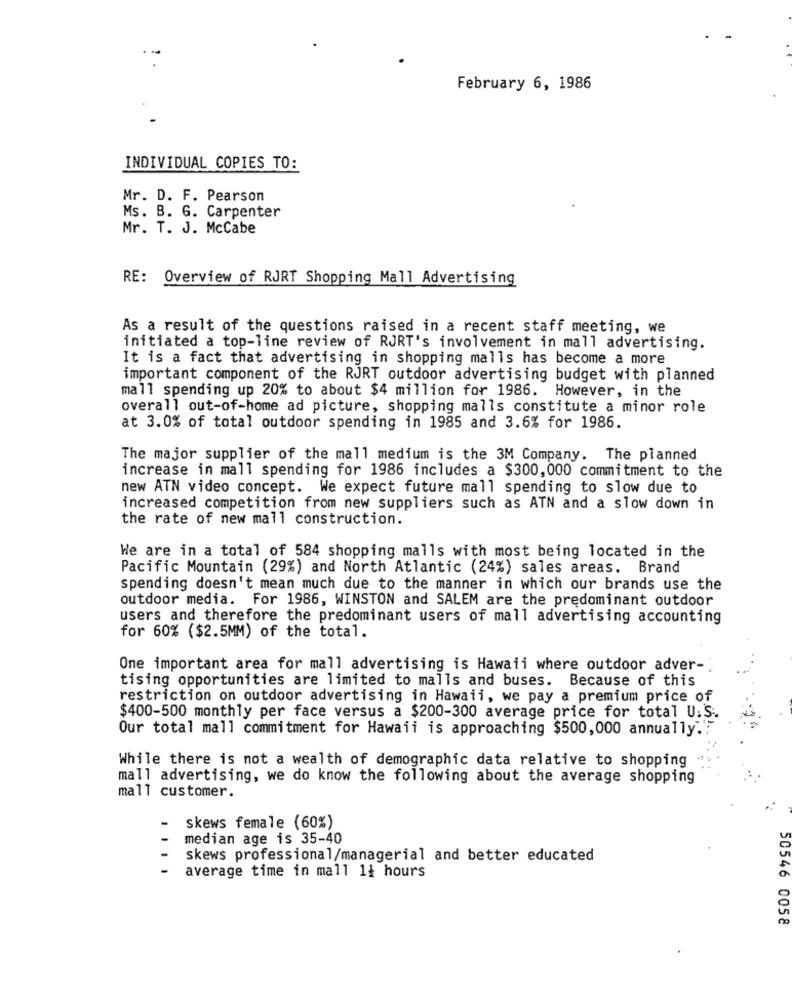
February 6, 1986
INDIVIDUAL COPIES TO:
Mr. D. F. Pearson
Ms. B. G. Carpenter
Mr. T. J. McCabe
RE: Overview of RJRT Shopping Mall Advertising
As a result of the questions raised in a recent staff meeting, we
initiated a top-line review of RJRT's involvement in mall advertising.
It is a fact that advertising in shopping malls has become a more
important component of the RJRT outdoor advertising budget with planned
mall spending up 20% to about $4 million for 1986. However, in the
overall out-of-home ad picture, shopping malls constitute a minor role
at 3.0% of total outdoor spending in 1985 and 3.6% for 1986.
The major supplier of the mall medium is the 3M Company. The planned
increase in mall spending for 1986 includes a $300, 000 commitment to the
new ATN video concept. We expect future mall spending to slow due to
increased competition from new suppliers such as ATN and a slow down in
the rate of new mall construction.
We are in a total of 584 shopping malls with most being located in the
Pacific Mountain (29%) and North Atlantic (24%) sales areas. Brand
spending doesn't mean much due to the manner in which our brands use the
outdoor media. For 1986, WINSTON and SALEM are the predominant outdoor
users and therefore the predominant users of mall advertising accounting
for 60% ($2.5MM) of the total.
One important area for mall advertising is Hawaii where outdoor adver-
tising opportunities are limited to malls and buses. Because of this
restriction on outdoor advertising in Hawaii, we pay a premium price of
$400-500 monthly per face versus a $200-300 average price for total U.S.
Our total mall commitment for Hawaii is approaching $500,000 annually ..
While there is not a wealth of demographic data relative to shopping
mall advertising, we do know the following about the average shopping
mall customer.
skews female (60%)
median age is 35-40
skews professional/managerial and better educated
average time in mall 14 hours
50546 0058